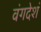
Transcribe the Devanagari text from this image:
वंगदेशं